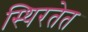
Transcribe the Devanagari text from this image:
स्थिरतेत